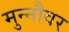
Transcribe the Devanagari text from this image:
मुन्नौवर